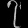
Digit: ၇